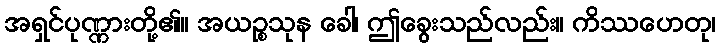
အရှင်ပုဏ္ဏားတို့၏။ အယဉ္စသုန ခေါ၊ ဤခွေးသည်လည်း။ ကိဿဟေတု၊